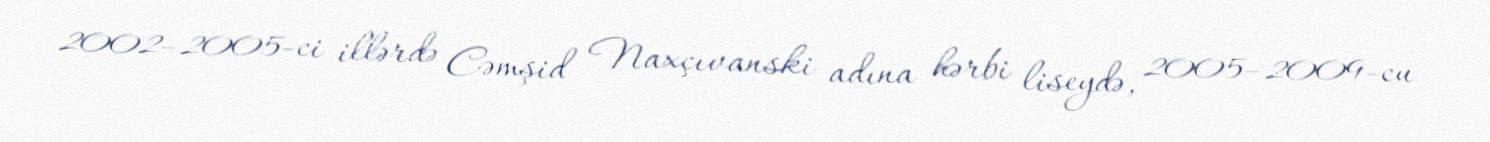
2002–2005-ci illərdə Cəmşid Naxçıvanski adına hərbi liseydə, 2005–2009-cu